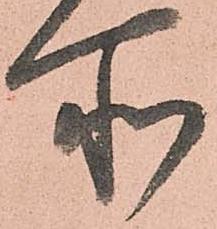
所